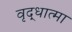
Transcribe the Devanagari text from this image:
वृद्धात्मा